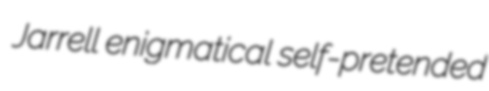
Jarrell enigmatical self-pretended